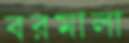
বরমালা